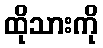
ထိုသားကို